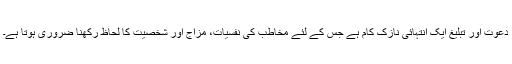
دعوت اور تبلیغ ایک انتہائی نازک کام ہے جس کے لئے مخاطب کی نفسیات، مزاج اور شخصیت کا لحاظ رکھنا ضروری ہوتا ہے۔